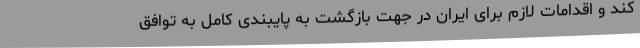
کند و اقدامات لازم برای ایران در جهت بازگشت به پایبندی کامل به توافق